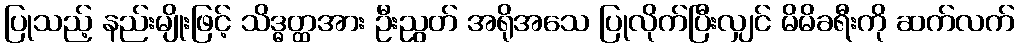
ပြုသည့် နည်းမျိုးဖြင့် သိဒ္ဓတ္ထအား ဦးညွတ် အရိုအသေ ပြုလိုက်ပြီးလျှင် မိမိခရီးကို ဆက်လက်